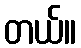
တယ်။